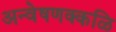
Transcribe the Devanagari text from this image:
अन्वेषणक्कळि